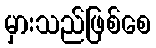
မှားသည်ဖြစ်စေ